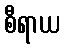
စီရာယ